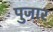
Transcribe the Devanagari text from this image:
पुजार